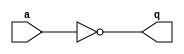
(* whitebox *)
module box(input a, output q);
assign q = ~a;
endmodule

module top(input a, output q);
box box_i(.a(a), .q(q));
endmodule